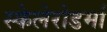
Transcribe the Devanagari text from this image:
स्केलेरोडर्मा